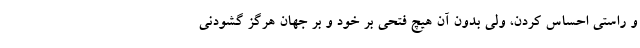
و راستیِ احساس کردن، ولی بدون آن هیچ فتحی بر خود و بر جهان هرگز گشودنی